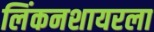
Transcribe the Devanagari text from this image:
लिंकनशायरला